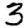
Digit: 3